Lunatic asylums Central Provinces reports 1886-1894 - 1886-1894
Year: 1886
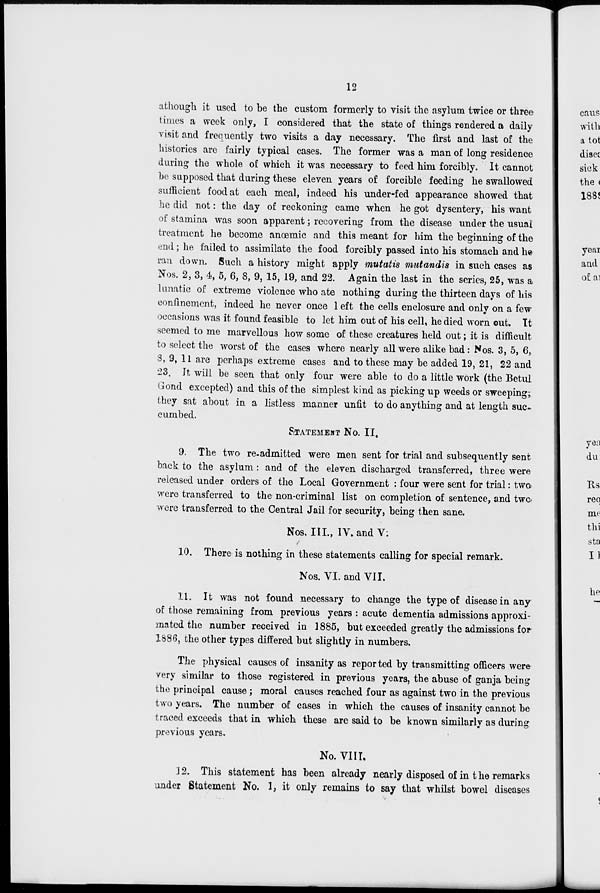
12
athough it used to be the custom formerly to visit the asylum twice or three
times a week only, I considered that the state of things rendered a daily
visit and frequently two visits a day necessary. The first and last of the
histories are fairly typical cases. The former was a man of long residence
during the whole of which it was necessary to feed him forcibly. It cannot
be supposed that during these eleven years of forcible feeding he swallowed
sufficient food at each meal, indeed his under-fed appearance showed that
he did not: the day of reckoning came when he got dysentery, his want
of stamina was soon apparent; recovering from the disease under the usual
treatment he become anœmic and this meant for him the beginning of the
end; he failed to assimilate the food forcibly passed into his stomach and he
ran down. Such a history might apply mutatis mutandis in such cases as
Nos. 2, 3, 4, 5, 6, 8, 9, 15, 19, and 22. Again the last in the series, 25, was a
lunatic of extreme violence who ate nothing during the thirteen days of his
confinement, indeed he never once 1 eft the cells enclosure and only on a few
occasions was it found feasible to let him out of his cell, he died worn out. It
seemed to me marvellous how some of these creatures held out; it is difficult
to select the worst of the cases where nearly all were alike bad: Nos. 3, 5, 6,
8, 9, 11 are perhaps extreme cases and to these may be added 19, 21, 22 and
23. It will be seen that only four were able to do a little work (the Betul
Gond excepted) and this of the simplest kind as picking up weeds or sweeping;
they sat about in a listless manner unfit to do anything and at length suc-
cumbed.
STATEMENT No. II.
9. The two re-admitted were men sent for trial and subsequently sent
back to the asylum: and of the eleven discharged transferred, three were
released under orders of the Local Government : four were sent for trial: two
were transferred to the non-criminal list on completion of sentence, and two
were transferred to the Central Jail for security, being then sane.
Nos. III., IV. and V.
10. There is nothing in these statements calling for special remark.
Nos. VI. and VII.
11. It was not found necessary to change the type of disease in any
of those remaining from previous years : acute dementia admissions approxi-
mated the number received in 1885, but exceeded greatly the admissions for
1886, the other types differed but slightly in numbers.
The physical causes of insanity as reported by transmitting officers were
very similar to those registered in previous years, the abuse of ganja being
the principal cause; moral causes reached four as against two in the previous
two years. The number of cases in which the causes of insanity cannot be
traced exceeds that in which these are said to be known similarly as during
previous years.
No. VIII.
12. This statement has been already nearly disposed of in the remarks
under Statement No. 1, it only remains to say that whilst bowel diseases